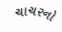
ચાચરનો